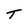
Character: T